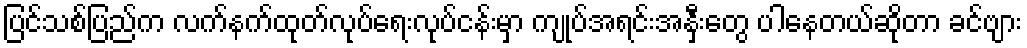
ပြင်သစ်ပြည်က လက်နက်ထုတ်လုပ်ရေးလုပ်ငန်းမှာ ကျုပ်အရင်းအနှီးတွေ ပါနေတယ်ဆိုတာ ခင်ဗျား